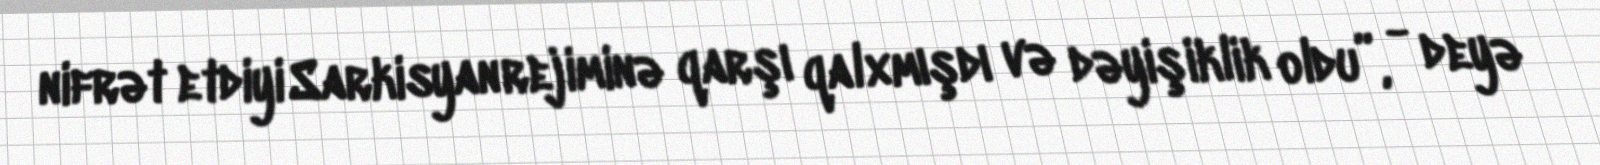
nifrət etdiyi Sarkisyan rejiminə qarşı qalxmışdı və dəyişiklik oldu”, - deyə